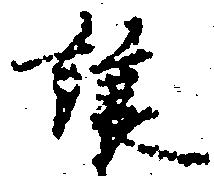
譲